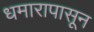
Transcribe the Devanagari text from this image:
धमारापासून